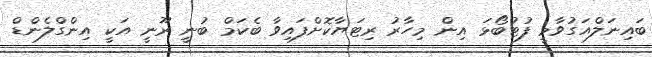
ބައިނަލްއަގުވާމީ ފުޓުބޯޅަ އިން މިހާރު ރިޓަޔާކޮށްފައިވާ ބެކަމް ބުނީ ރޫނީ އަކީ އިންގްލެންޑް